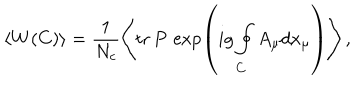
\left< W ( C ) \right> = \frac { 1 } { N _ { c } } \left< \mathrm { t r } { \, } P { \, } \exp \left( i g \oint _ { C } ^ { } A _ { \mu } d x _ { \mu } \right) \right> ,